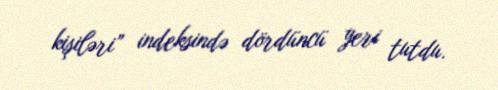
kişiləri” indeksində dördüncü yeri tutdu.